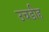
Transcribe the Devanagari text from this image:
उचडीह